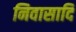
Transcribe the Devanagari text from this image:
निवासादि